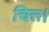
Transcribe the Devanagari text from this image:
चित्त।